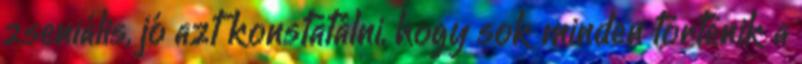
zseniális, jó azt konstatálni, hogy sok minden történik a